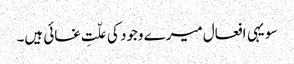
سو یہی افعال میرے وجود کی علّتِ غائی ہیں۔